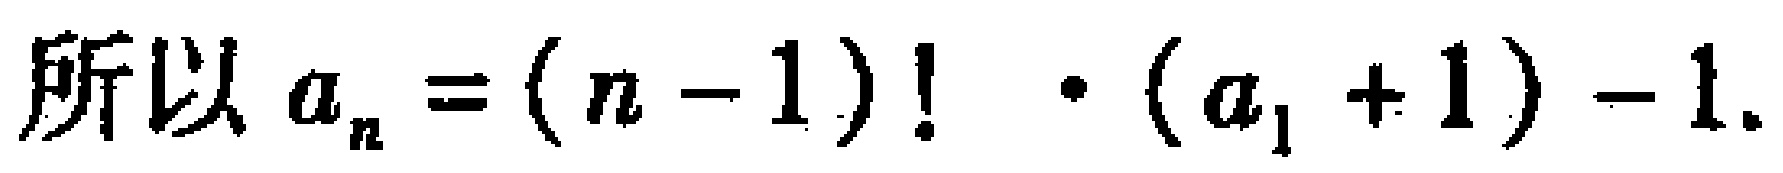
所以 \(a_{n}=(n - 1)!\cdot(a_{1}+1)-1\).